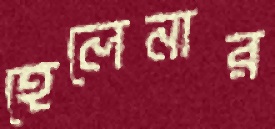
হেলেনার